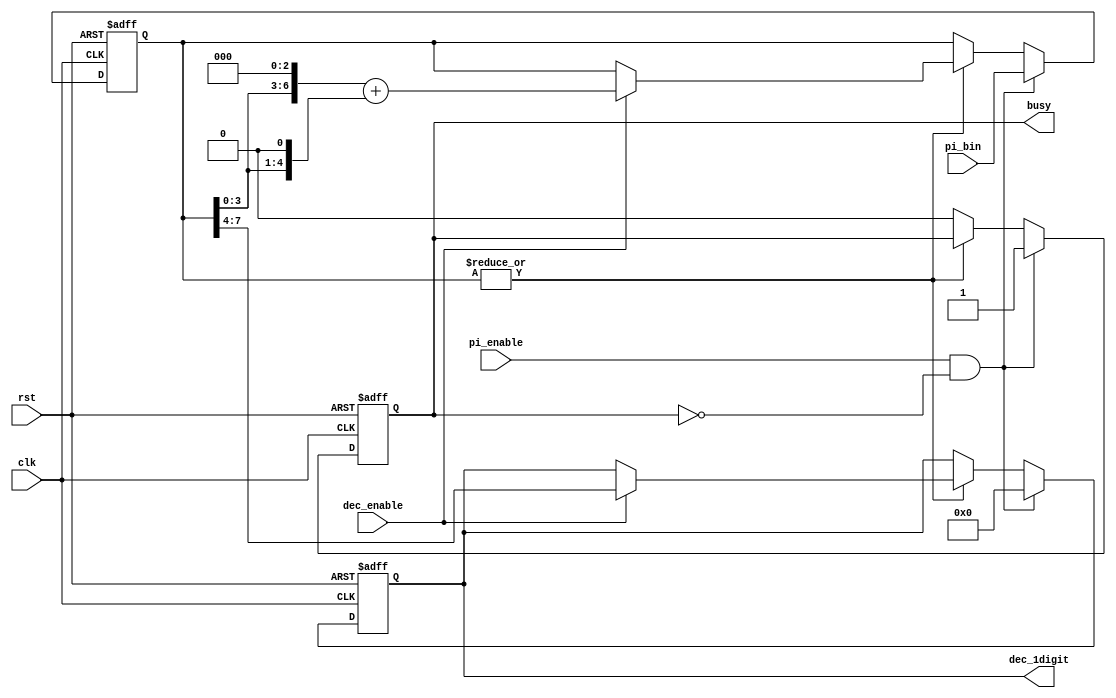
`timescale 1ns / 1ps
//////////////////////////////////////////////////////////////////////////////////
// Company: 
// Engineer: 
// 
// Design Name: 
// Module Name: bin2dec
// Project Name: 
// Target Devices: 
// Tool Versions: 
// Description: 
// 
// Dependencies: 
// 
// Revision:
// Revision 0.01 - File Created
// Additional Comments:
// 
//////////////////////////////////////////////////////////////////////////////////

// Nbr = 16, Pi = h'3243F5B8 
// = b'0011 0010 0100 0011 1111 0101 1011 1000 
// Nbr = 30, Pi = h'3243F6A88854742
// = b'1100100100001111110110101010001000100001010100011101000010

module bin2dec #(
    parameter Nbr = 4
)(
    clk,
    rst,
    pi_enable, 
    pi_bin, // pi/4
    dec_enable,
    dec_1digit,
    busy
);

input clk, rst;
input pi_enable;
input [(2*Nbr-1):0] pi_bin;
(* mark_debug = "true" *) input dec_enable;
(* mark_debug = "true" *) output reg [3:0] dec_1digit;
(* mark_debug = "true" *) output reg busy;

(* mark_debug = "true" *) reg [(2*Nbr-1):0] pi_residual;

always @(posedge clk or negedge rst) begin
    if (!rst) begin
        pi_residual <= 0;
        busy <= 1'b0;
        dec_1digit <= 4'h0;
    end else begin
        if (pi_enable && !busy) begin
            pi_residual <= pi_bin;
            busy <= 1'b1;
            dec_1digit <= 4'h0;
        end else if (~|pi_residual) begin
            busy <= 1'b0;
        end else if (dec_enable) begin 
            dec_1digit <= pi_residual[(2*Nbr-1):(2*Nbr-4)];
            pi_residual <= (pi_residual[(2*Nbr-5):0] << 3) + (pi_residual[(2*Nbr-5):0] << 1);
        end
    end
end

endmodule